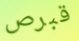
قبرص